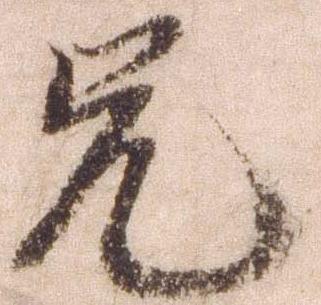
兄